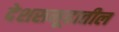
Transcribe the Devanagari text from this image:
देशसमूहातील